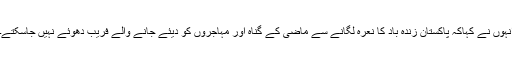
انہوں نے کہاکہ پاکستان زندہ باد کا نعرہ لگانے سے ماضی کے گناہ اور مہاجروں کو دیئے جانے والے فریب دھوئے نہیں جاسکتے۔